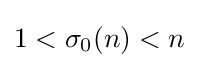
1<\sigma _{0}(n)<n